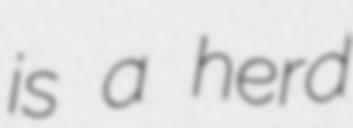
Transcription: is a herd